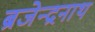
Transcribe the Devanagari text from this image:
ब्रजेन्द्रनाथ